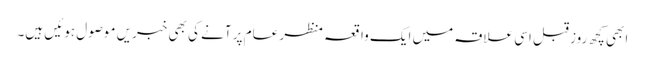
ابھی کچھ روز قبل اسی علاقہ میں ایک واقعہ منظر عام پر آنے کی بھی خبریں موصول ہوئیں ہیں۔